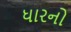
ધારનો